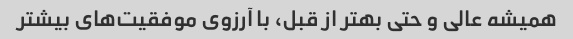
همیشه عالی و حتی بهتر از قبل، با آرزوی موفقیت‌های بیشتر